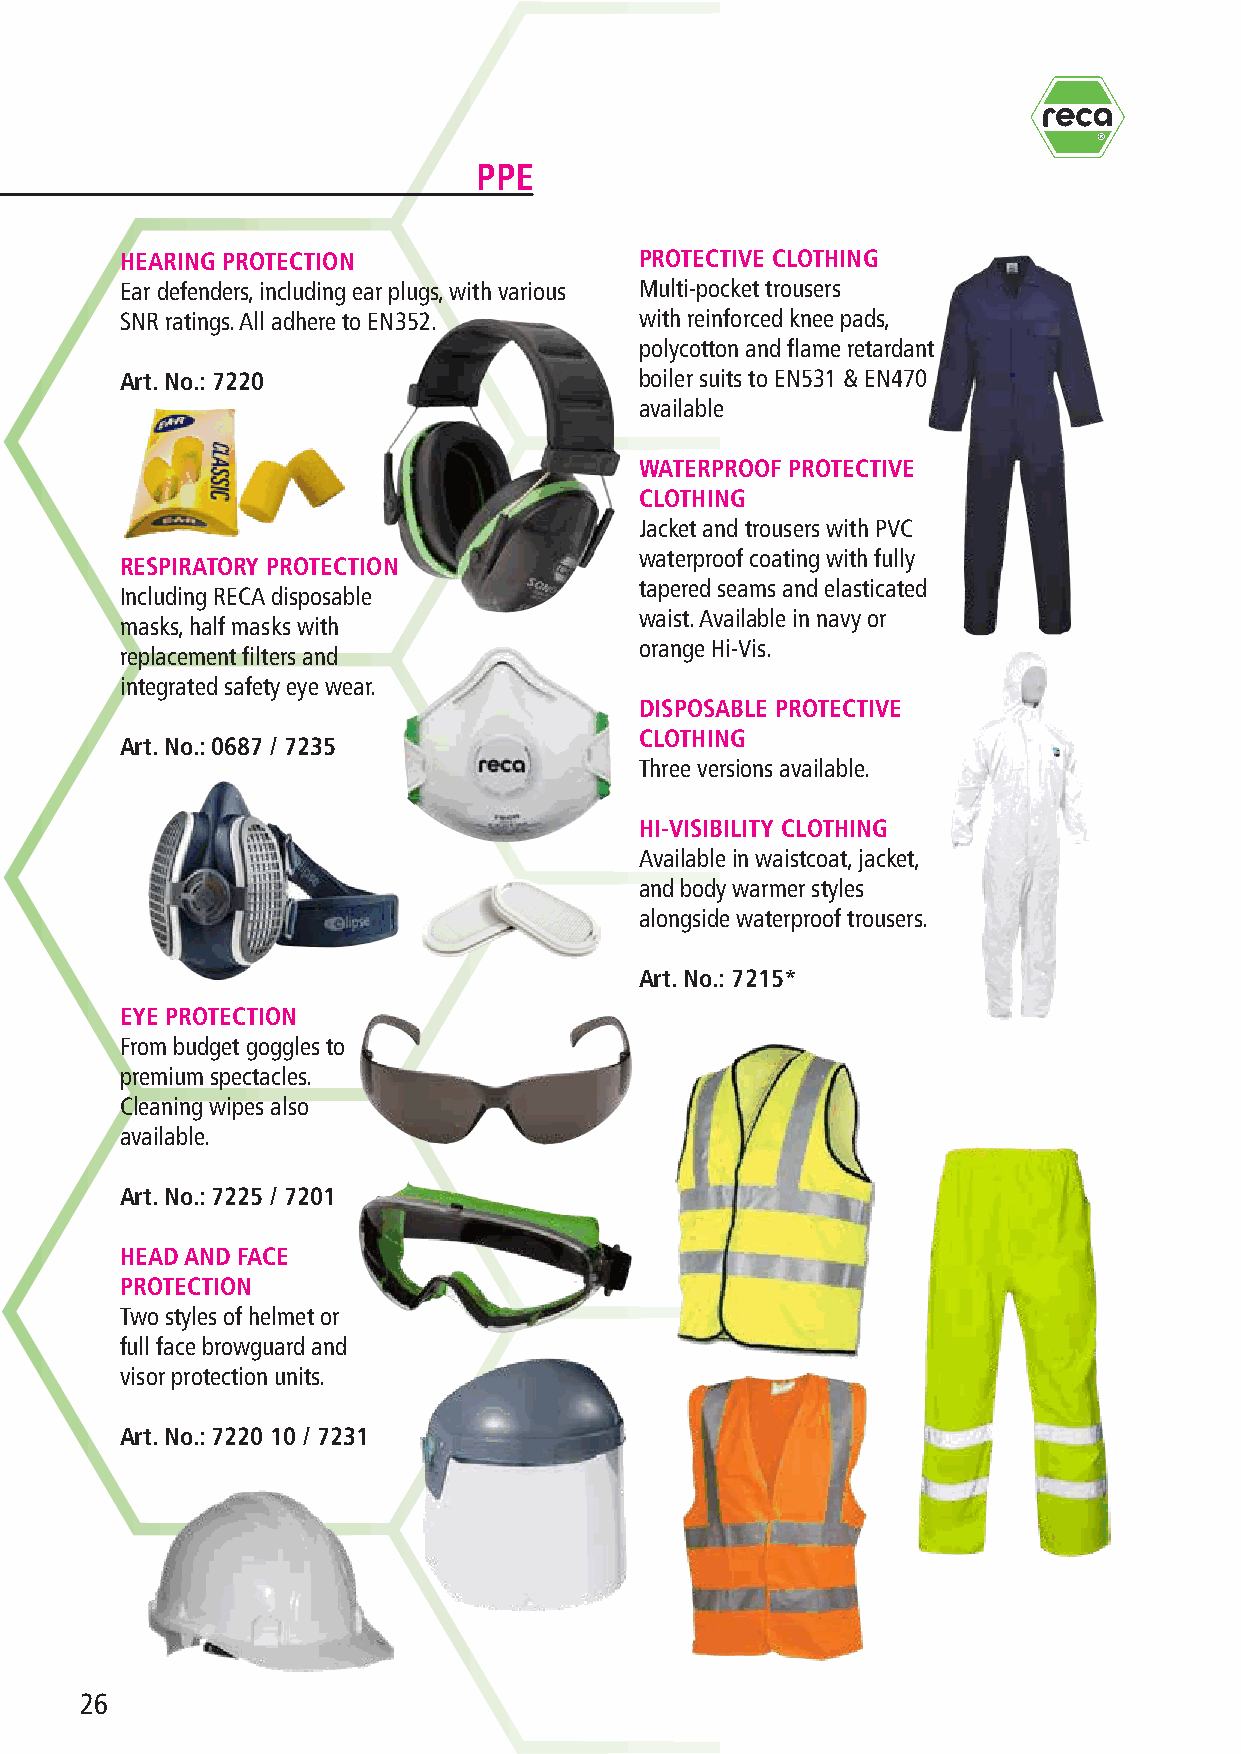
R
 PPE
 HEARING PROTECTION                PROTECTIVE CLOTHING
 Ear defenders, including ear plugs, with various Multi-pocket trousers
 SNR ratings. All adhere to EN352. with reinforced knee pads,
 polycotton and flame retardant
 Art. No.: 7220                    boiler suits to EN531 & EN470
 available
 WATERPROOF PROTECTIVE
 CLOTHING
 Jacket and trousers with PVC
 waterproof coating with fully
 RESPIRATORY PROTECTION
 tapered seams and elasticated
 Including RECA disposable
 waist. Available in navy or
 masks, half masks with
 orange Hi-Vis.
 replacement filters and
 integrated safety eye wear.
 DISPOSABLE PROTECTIVE
 CLOTHING
 Art. No.: 0687 / 7235
 Three versions available.
 HI-VISIBILITY CLOTHING
 Available in waistcoat, jacket,
 and body warmer styles
 alongside waterproof trousers.
 Art. No.: 7215*
 EYE PROTECTION
 From budget goggles to
 premium spectacles.
 Cleaning wipes also
 available.
 Art. No.: 7225 / 7201
 HEAD AND FACE
 PROTECTION
 Two styles of helmet or
 full face browguard and
 visor protection units.
 Art. No.: 7220 10 / 7231
 26